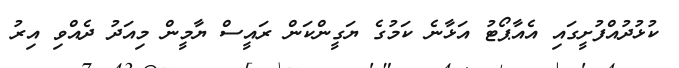
ކުޅުދުއްފުށީގައި އެއާޕޯޓު އަޅާނެ ކަމުގެ ޔަގީންކަން ރައީސް ޔާމީން މިއަދު ދެއްވި އިރު